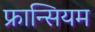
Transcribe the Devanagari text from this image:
फ्रान्सियम